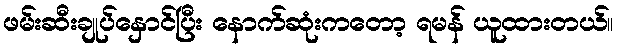
ဖမ်းဆီးချုပ်နှောင်ပြီး နောက်ဆုံးကတော့ ရမန် ယူထားတယ်။